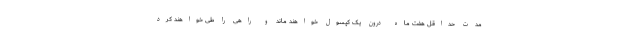
مدت حداقل هفت ماه درون یک کپسول خواهند ماند و راهی را طی خواهند کرد